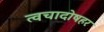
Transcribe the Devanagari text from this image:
त्वचादोषहर